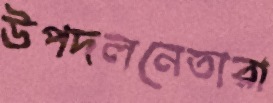
উপদলনেতারা